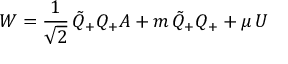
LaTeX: { \cal { W } } = \frac { 1 } { \sqrt { 2 } } \, \tilde { Q } _ { + } Q _ { + } A + m \, \tilde { Q } _ { + } Q _ { + } + \mu \, U